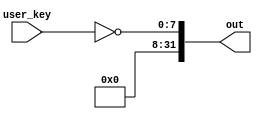
`timescale 1ns / 1ps
//////////////////////////////////////////////////////////////////////////////////
// Company: 
// Engineer: 
// 
// Design Name: 
// Module Name:    button 
// Project Name: 
// Target Devices: 
// Tool versions: 
// Description: 
//
// Dependencies: 
//
// Revision: 
// Revision 0.01 - File Created
// Additional Comments: 
//
//////////////////////////////////////////////////////////////////////////////////
module button(
    input [7:0] user_key,
    output [31:0] out
    );

	assign out = {24'b0, ~user_key}; // Inverted

endmodule